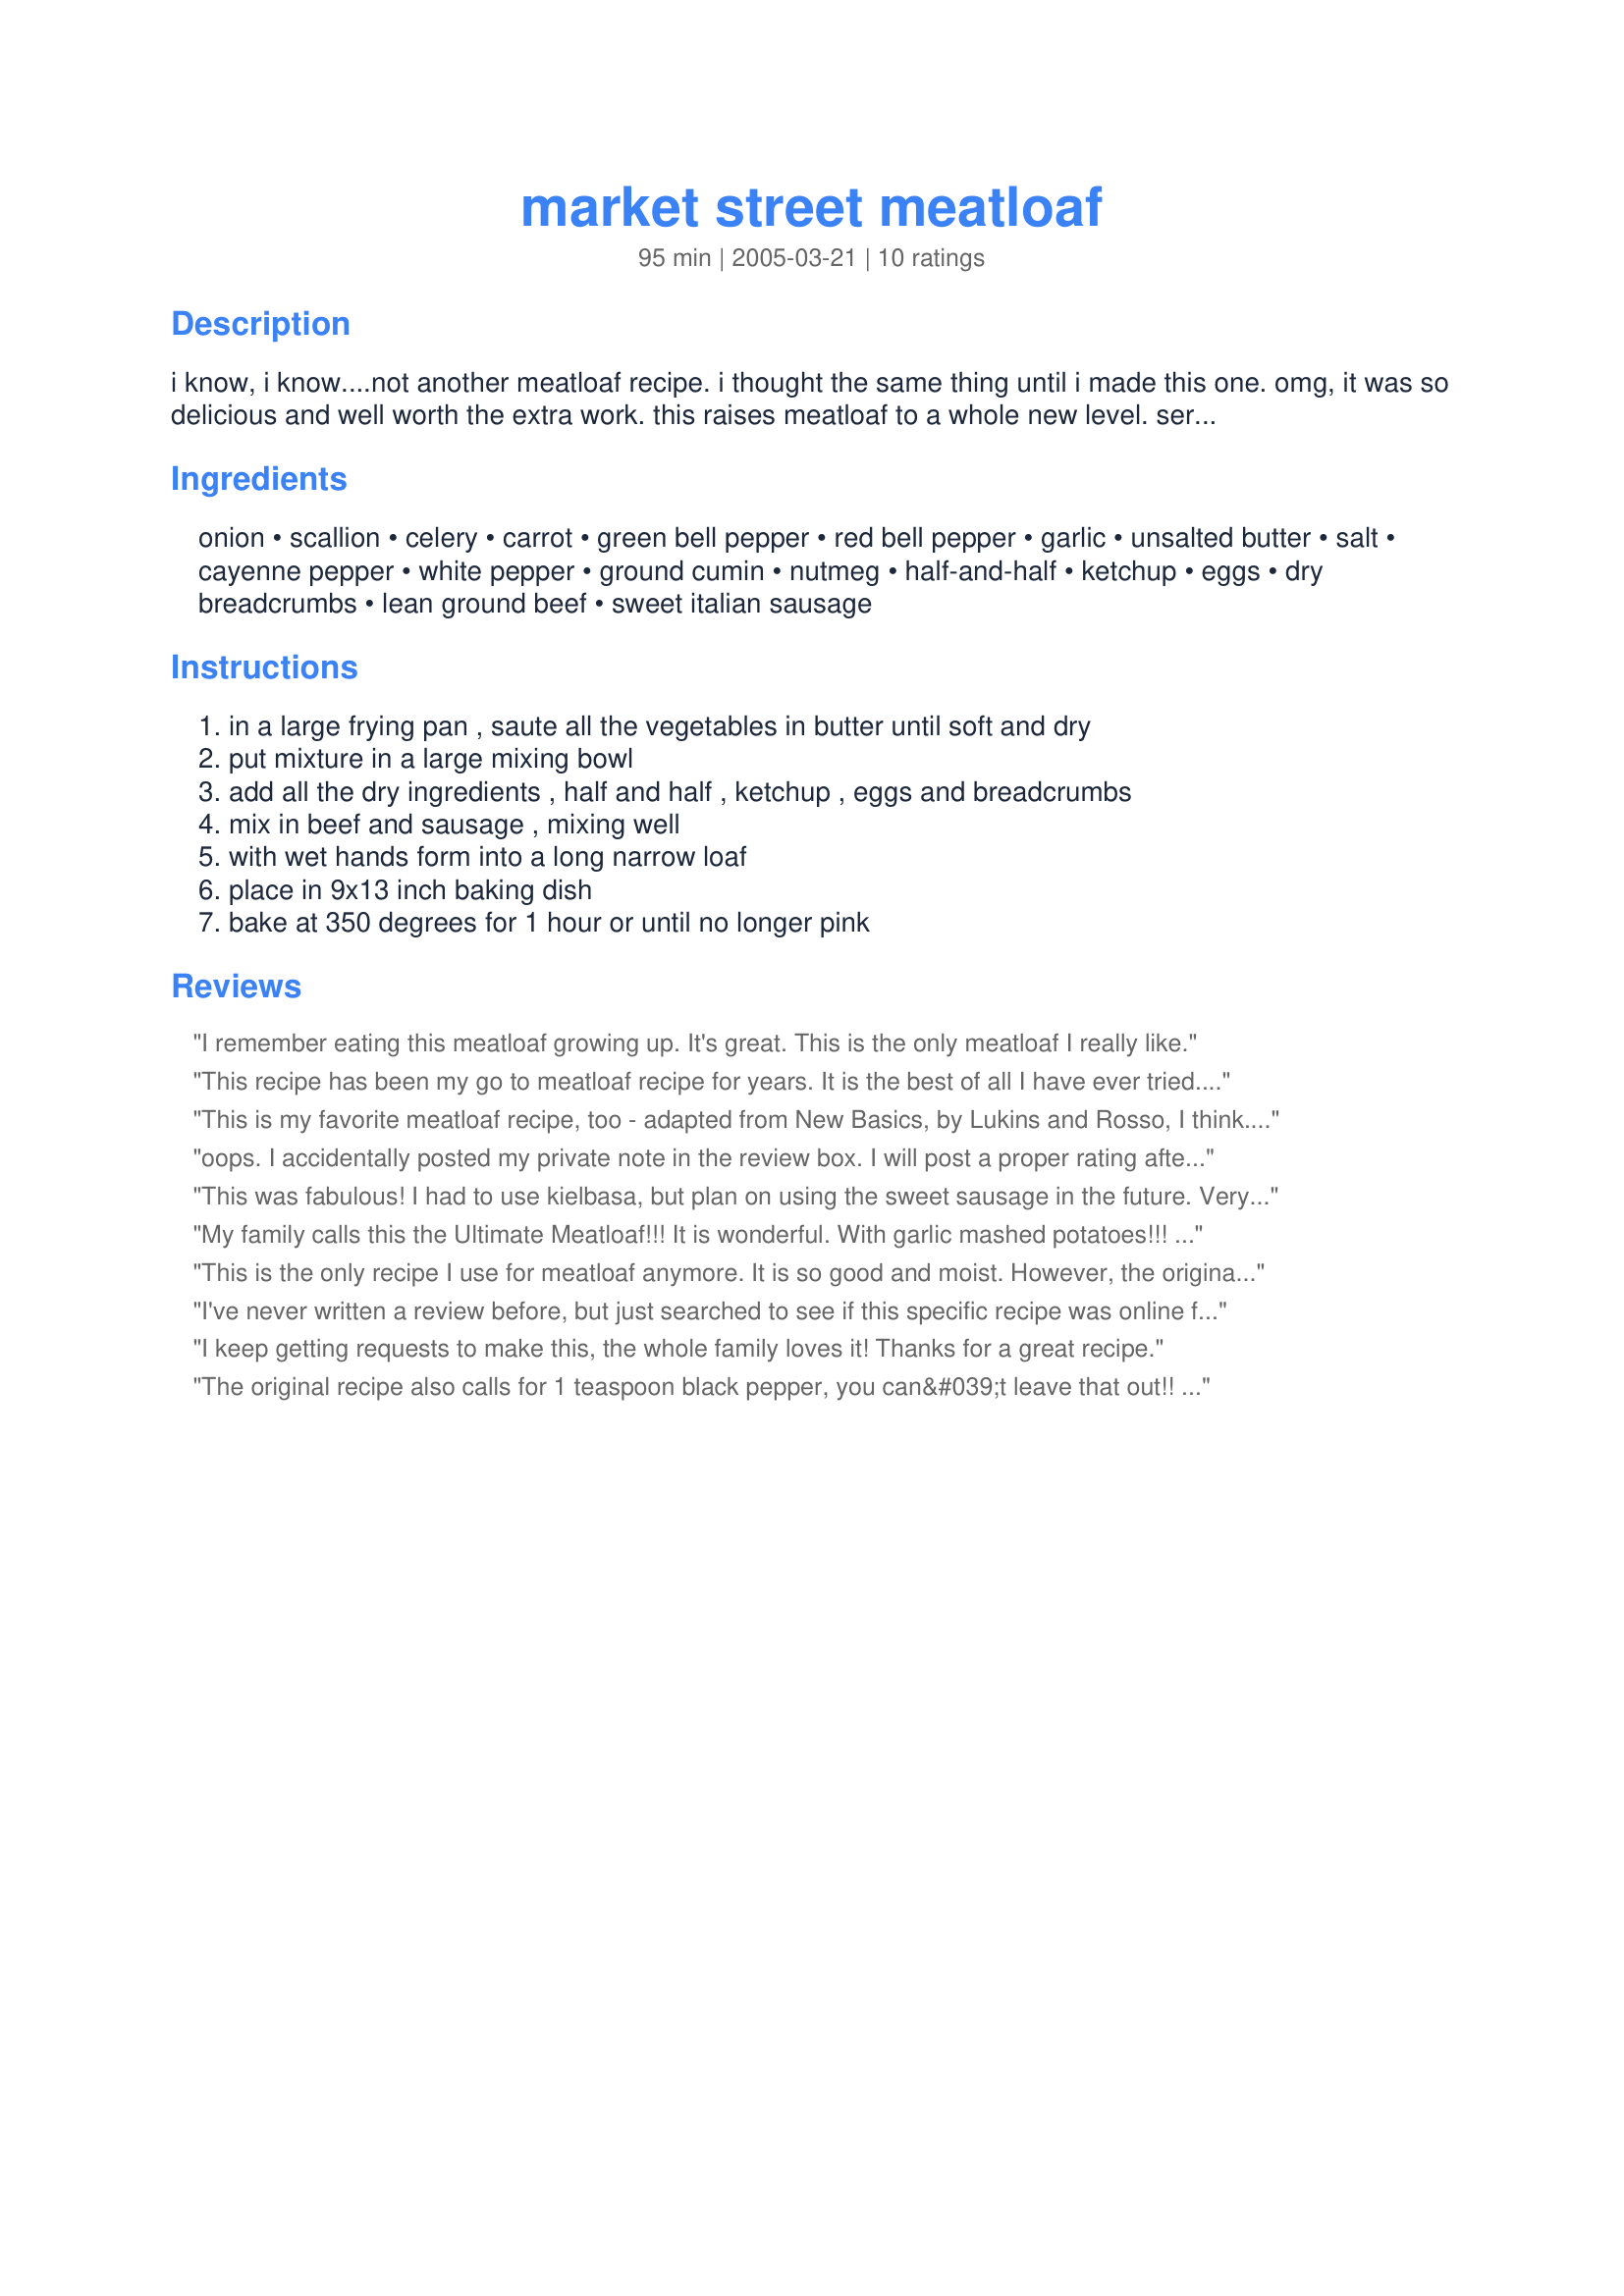
market street meatloaf
Preparation time: 95 minutes

i know, i know....not another meatloaf recipe. i thought the same thing until i made this one. omg, it was so delicious and well worth the extra work. this raises meatloaf to a whole new level. serve with roasted garlic mashed potatoes. mmmmmm. comfort food at its finest!

Ingredients:
onion, scallion, celery, carrot, green bell pepper, red bell pepper, garlic, unsalted butter, salt, cayenne pepper, white pepper, ground cumin, nutmeg, half-and-half, ketchup, eggs, dry breadcrumbs, lean ground beef, sweet italian sausage

Steps:
in a large frying pan , saute all the vegetables in butter until soft and dry, put mixture in a large mixing bowl, add all the dry ingredients , half and half , ketchup , eggs and breadcrumbs, mix in beef and sausage , mixing well, with wet hands form into a long narrow loaf, place in 9x13 inch baking dish, bake at 350 degrees for 1 hour or until no longer pink

Reviews:
I remember eating this meatloaf growing up. It's great. This is the only meatloaf I really like.
This recipe has been my go to meatloaf recipe for years. It is the best of all I have ever tried. Fabulous. I however use plain sausage meat and not Italian sausage meat. Occasionally if I have run out of cumin I use curry paste and granulated garlic instead of the real thing.
This is my favorite meatloaf recipe, too - adapted from New Basics, by Lukins and Rosso, I think. It really is something special. They do theirs in a water bath, but I also don't think that's totally necessary - it keeps it moist. And they specify that the sausage should not be fennel flavored; I use a breakfast sausage with pretty good results. I'm glad someone posted this - I use Zaar for recipes more often than hauling out my cookbooks! Thanks.
oops. I accidentally posted my private note in the review box. I will post a proper rating after I've made it. sorry!
This was fabulous! I had to use kielbasa, but plan on using the sweet sausage in the future. Very tasty, and the spices work well together. I love the cumin, white & cayenne pepper!
My family calls this the Ultimate Meatloaf!!! It is wonderful. With garlic mashed potatoes!!! I am always asked the recipe when I serve it to company.
This is the only recipe I use for meatloaf anymore. It is so good and moist. However, the original states that you use unseasoned sausage meat, so I use ground pork. If you google you will find an elegant wine wine gravy that goes with it.
I've never written a review before, but just searched to see if this specific recipe was online for a friend. So happy it is! It's my very favourite, so thought I'd throw in my two cents worth. I have cherished the New Basics cookbook for over 25 years, and have been making Market Street Meatloaf since about day after I bought the book. (One of many good recipes that have become standard in my life - Thanksgiving Turkey gets ABSOLUTE RAVES! I follow it to the T, (do not skip the port!) and it is unquestionably the bestest, moistest, and the stuffing is to die for - so says everyone!). I digress in my enthusiasm - So, I typically eyeball the meatloaf measurements anymore. I never skip out on any ingredients, but do use my preferred substitutions - like oatmeal or panko (breadcrumbs), heintz chili sauce (ketchup), hot italian sausage (sweet), sometimes I'll add grated cheddar, and I find 2 large eggs is enough. It is very important to NOT second guess the instructions by opting for a loaf pan instead, and you will see why by all of the juice and fat that is rendered in your baking pan. Thus, you do not want to sub regular ground beef, ever! I will usually drain it off about half way through. I'm not sure if it's the quantity I tend to throw together, but I find it needs about 30 more minutes than the original recipe states, also gauging that by noting when the top has browned and a bit crispy looking. Enjoy!
I keep getting requests to make this, the whole family loves it! Thanks for a great recipe.
The original recipe also calls for 1 teaspoon black pepper, you can&#039;t leave that out!! And I use a plain breakfast sausage ( no fennel). After years of trying to find a good meatloaf recipe, this is the only one I make now.
